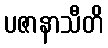
ပဇာနာသီတိ